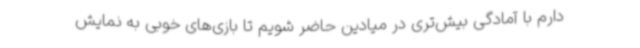
دارم با آمادگی بیش‌تری در میادین حاضر شویم تا بازی‌های خوبی به نمایش